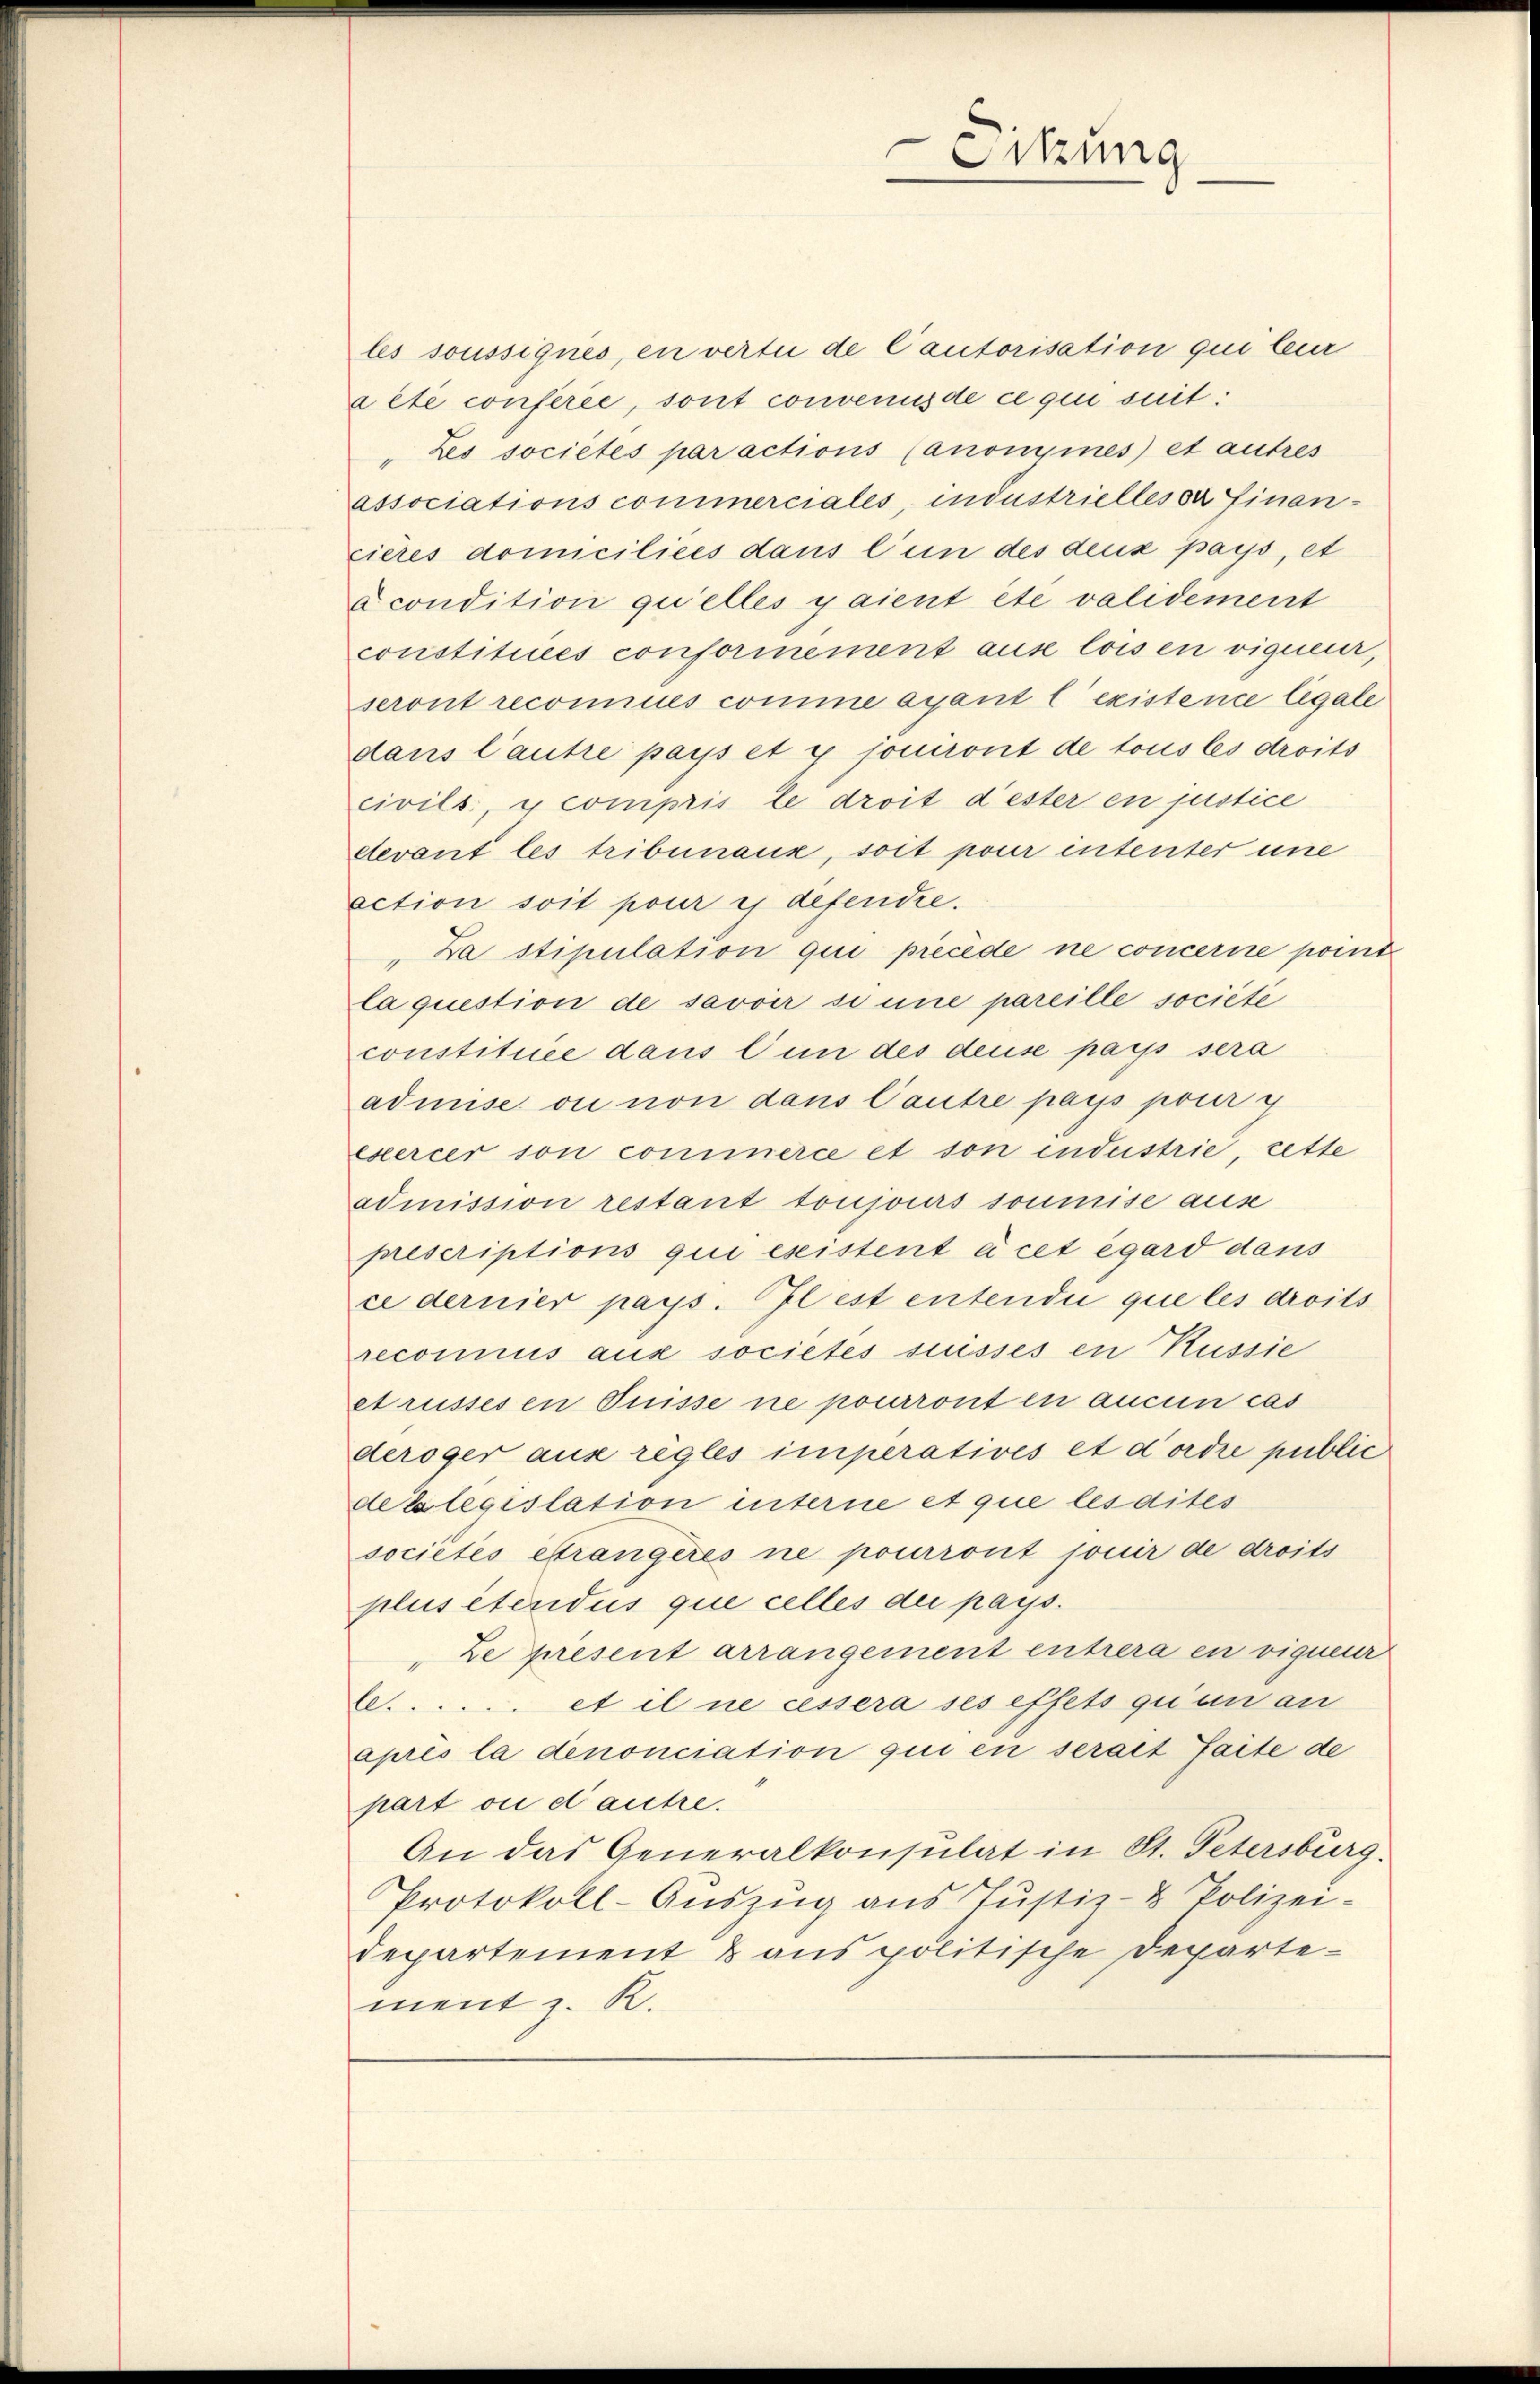
les soussignés, en vertu de Cautorisation qui leur
acte conférée, sont convenus de ce qui suit:
Les sociétés par actions (anomines et autres
associations commerciales, industrielleser Financieres domiciliées dans l’un des deux pays, et
econdition quelles yaient été validement
constitiues conformnement aus loisen vigueur,
seront reconnues comme ayant l’existence legale
dans l’autre pays et y jouiront de tous les droits
civils, y compris le droit dester en justice
devant les tribunaux, soit pour intenter une
ection soit pour es defendre.
„Da stipulation qui precede ne concerne point
la question de savoir si une pareille société
constituée dans l’un des deuse pays sera
admise ou non dans Cautre pays pour y
exercer son commerce et son endustrie, zette
admission restant toujours soumise aus
prescriptions qui existent à cet égard dans
ce dernier pays. Il est entendii que les droits
reconius aux societes suisses en Kussie
etrussesen Puisse ne pourront en aucun cas
deroger aus regles imperatives et d’ordre public
dels legislation interne et que les aites
sociétés étrangeres ne pourront jouir de droits
plus étendus que celles der pays.
Le present arrangement entrera en vigueur
l. et il ne cessera ses effets quan an
après la denonciation qui en serait faite de
part vi et autre.
An das Generalkonsulat in St. Petersburg.
Protokoll-Aŭszŭg aŭs Jŭstiz- & Polizei-
departement & aus politische Departement z. R.

Sitzung
e